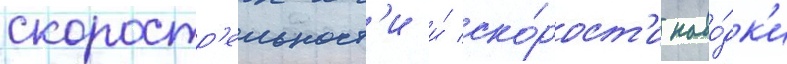
скоростр'ельност'и и́ ско́рост'и наво́дк'и